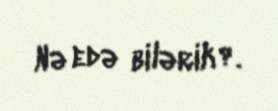
Nə edə bilərik?.